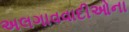
અલગાવવાદીઓના